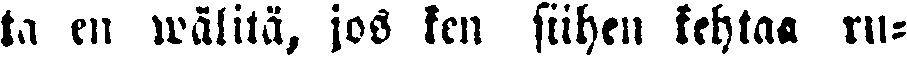
ta en wälitä, jos ken siihen kehtaa ru-